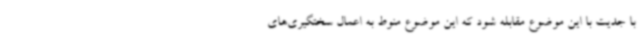
با جدیت با این موضوع مقابله شود که این موضوع منوط به اعمال سختگیری‌های